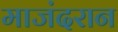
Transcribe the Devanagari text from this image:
माजंदरान